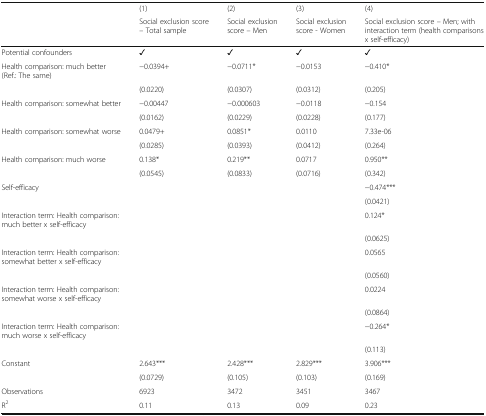
<table><thead><tr><td></td><td><b>(1)</b></td><td><b>(2)</b></td><td><b>(3)</b></td><td><b>(4)</b></td></tr><tr><td></td><td><b>Social exclusion score – Total sample</b></td><td><b>Social exclusion score – Men</b></td><td><b>Social exclusion score - Women</b></td><td><b>Social exclusion score – Men; with interaction term (health comparisons x self-efficacy)</b></td></tr></thead><tbody><tr><td>Potential confounders</td><td>✓</td><td>✓</td><td>✓</td><td>✓</td></tr><tr><td>Health comparison: much better (Ref.: The same)</td><td>−0.0394+</td><td>−0.0711*</td><td>−0.0153</td><td>−0.410*</td></tr><tr><td></td><td>(0.0220)</td><td>(0.0307)</td><td>(0.0312)</td><td>(0.205)</td></tr><tr><td>Health comparison: somewhat better</td><td>−0.00447</td><td>−0.000603</td><td>−0.0118</td><td>−0.154</td></tr><tr><td></td><td>(0.0162)</td><td>(0.0229)</td><td>(0.0228)</td><td>(0.177)</td></tr><tr><td>Health comparison: somewhat worse</td><td>0.0479+</td><td>0.0851*</td><td>0.0110</td><td>7.33e-06</td></tr><tr><td></td><td>(0.0285)</td><td>(0.0393)</td><td>(0.0412)</td><td>(0.264)</td></tr><tr><td>Health comparison: much worse</td><td>0.138*</td><td>0.219**</td><td>0.0717</td><td>0.950**</td></tr><tr><td></td><td>(0.0545)</td><td>(0.0833)</td><td>(0.0716)</td><td>(0.342)</td></tr><tr><td>Self-efficacy</td><td></td><td></td><td></td><td>−0.474***</td></tr><tr><td></td><td></td><td></td><td></td><td>(0.0421)</td></tr><tr><td>Interaction term: Health comparison: much better x self-efficacy</td><td></td><td></td><td></td><td>0.124*</td></tr><tr><td></td><td></td><td></td><td></td><td>(0.0625)</td></tr><tr><td>Interaction term: Health comparison: somewhat better x self-efficacy</td><td></td><td></td><td></td><td>0.0565</td></tr><tr><td></td><td></td><td></td><td></td><td>(0.0560)</td></tr><tr><td>Interaction term: Health comparison: somewhat worse x self-efficacy</td><td></td><td></td><td></td><td>0.0224</td></tr><tr><td></td><td></td><td></td><td></td><td>(0.0864)</td></tr><tr><td>Interaction term: Health comparison: much worse x self-efficacy</td><td></td><td></td><td></td><td>−0.264*</td></tr><tr><td></td><td></td><td></td><td></td><td>(0.113)</td></tr><tr><td>Constant</td><td>2.643***</td><td>2.428***</td><td>2.829***</td><td>3.906***</td></tr><tr><td></td><td>(0.0729)</td><td>(0.105)</td><td>(0.103)</td><td>(0.169)</td></tr><tr><td>Observations</td><td>6923</td><td>3472</td><td>3451</td><td>3467</td></tr><tr><td>R<sup>2</sup></td><td>0.11</td><td>0.13</td><td>0.09</td><td>0.23</td></tr></tbody></table>